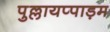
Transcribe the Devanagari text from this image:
पुल्लायप्पाड़म